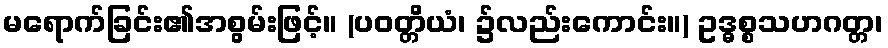
မရောက်ခြင်း၏အစွမ်းဖြင့်။ (ပဝတ္တိယံ၊ ၌လည်းကောင်း။) ဥဒ္ဓစ္စသဟဂတ္တ၊